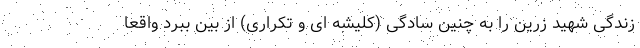
زندگی شهید زرین را به چنین سادگی (کلیشه ای و تکراری) از بین ببرد واقعا